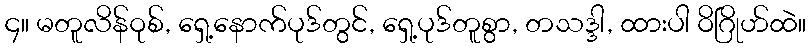
၄။ မတူလိန်ဝုစ်, ရှေ့နောက်ပုဒ်တွင်, ရှေ့ပုဒ်တူစွာ, တသဒ္ဒါ, ထားပါ ဝိဂြိုဟ်ထဲ။